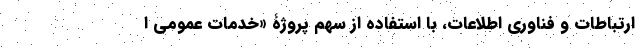
ارتباطات و فناوری اطلاعات، با استفاده از سهم پروژۀ «خدمات عمومی ا